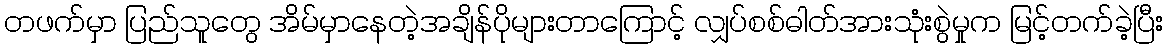
တဖက်မှာ ပြည်သူတွေ အိမ်မှာနေတဲ့အချိန်ပိုများတာကြောင့် လျှပ်စစ်ဓါတ်အားသုံးစွဲမှုက မြင့်တက်ခဲ့ပြီး